Annual report on the Civil Veterinary Department, Burma (including the Insein Veterinary School) - 1932-1941
Year: 1932
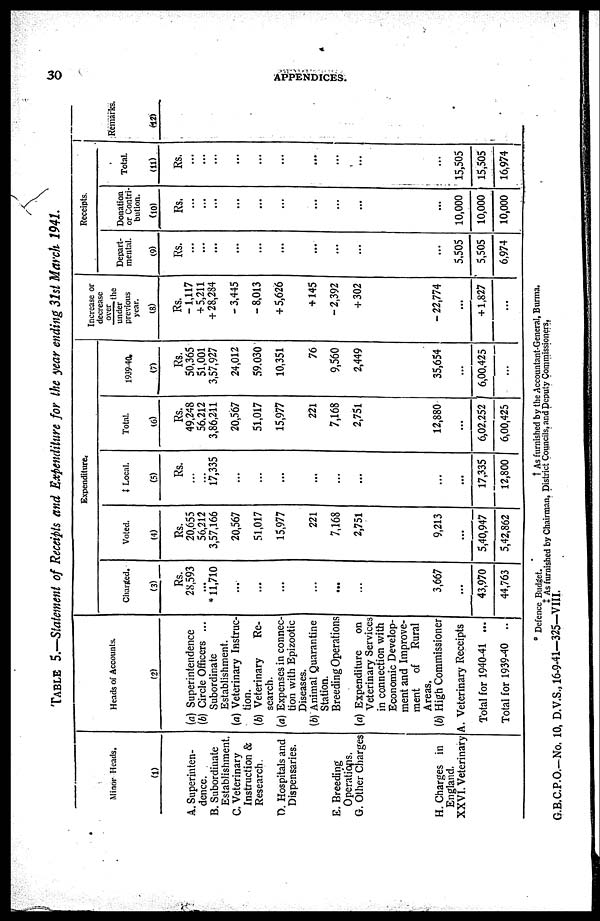
50
APPENDICES.
Table 5.—Statement of Receipts and Expenditure for the year ending 31st March 1941.
Minor Heads.
(1)
A. Superinten-
dence.
B. Subordinate
Establishment.
C. Veterinary
Instruction &
Research
D. Hospitals and
Dispensaries.
E. Breeding
Operations.
G. Other Charges
H. Charges in
England.
XXVI. Veterinary
Heads of Accounts.
(2)
(a) Superintendence
(b) Circle Officers ...
Subordinate
Establishment.
(a) Veterinary Instruc-
tion.
(b) Veterinary
Re-
search.
(a) Expenses in connec-
tion with Epizootic
Diseases.
(b) Animal Quarantine
Station.
Breeding Operations
(a) Expenditure
on
Veterinary Services
in connection with
Economic Develop-
ment and Improve-
ment
of
Rural
Areas.
(b) High Commissioner
A. Veterinary Receipts
Total for 1940-41 ...
Total for 1939-40 ..
Chanted.
(3)
Rs.
28,593
...
* 11,710
...
...
...
...
...
...
3,667
...
43,970
44,763
Voted.
(4)
Rs.
20,655
56,212
3,57,166
20,567
51,017
15,977
221
7,168
2,751
9,213
...
5,40,947
5,42,862
Expenditure.
Local.
(5)
Rs.
...
... 17,335
...
...
...
...
...
...
...
...
17,335
12,800
Total.
(6)
Rs.
49,248
56,212
3,86,211
20,567
51,017
15,977
221
7,168
2,751
12,880
...
6,02,252
6,00,425
1939-40.
(7)
Rs.
50,365
51,001
3,57,927
24,012
59,030
10,351
76
9,560
2,449
35,654
...
6,00,425
...
Increase or
decrease
over
the
under
previous
year.
(8)
Rs.
-1,117
+ 5,211
+ 28,284
- 3,445
- 8,013
+ 5,626
+ 145
-2,392
+ 302
- 22,774
...
+ 1,827
...
Depart-
mental.
(9)
Rs.
...
...
...
...
...
...
...
...
...
...
5,505
5,505
6,974
Receipts.
Donation
or Contri-
bution.
(10)
Rs.
...
...
...
...
...
...
...
...
...
...
10,000
10,000
10,000
Total.
(11)
Rs.
...
...
...
...
...
...
...
...
...
...
15,505
15,505
16,974
Remarks.
(12)
* Defence Budget.
† As furnished by the Accountant-General, Burma.
‡ As furnished by Chairman, District Councils, and Deputy Commissioners,
G.B.C.P.O.-No. 10, D.V.S., 16-9-41—325—VIII.